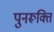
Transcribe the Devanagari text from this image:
पुनरूक्ति